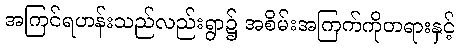
အကြင်ရဟန်းသည်လည်းရွာ၌ အစိမ်းအကြက်ကိုတရားနှင့်